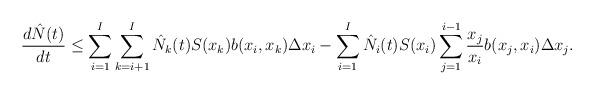
LaTeX: \begin{align*}\frac{d \hat{N}(t)}{dt} \leq \sum_{i=1}^I \sum_{k= i+1}^I \hat{N}_k(t) S(x_k) b(x_i,x_k) \Delta x_i - \sum_{i=1}^I \hat{N}_i(t) S(x_i) \sum_{j= 1}^{i-1} \frac{x_j}{x_i} b(x_j,x_i) \Delta x_j.\end{align*}